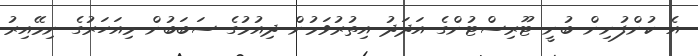
އެ ކުންފުނިން ބުނީ ޓޫރިސްޓުންގެ އަދަދު އިތުރުވަމުން ދިއުމުގެ ސަބަބުން މިއަހަރުގެ ނިމޭއިރު